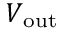
V _ { \mathrm { o u t } }